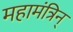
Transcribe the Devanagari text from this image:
महामंत्रिन्‌